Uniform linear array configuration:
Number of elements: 64
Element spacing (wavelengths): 0.75
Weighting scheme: kaiser
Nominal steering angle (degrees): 30
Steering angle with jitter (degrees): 30.433
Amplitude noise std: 0.05
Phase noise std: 0.05

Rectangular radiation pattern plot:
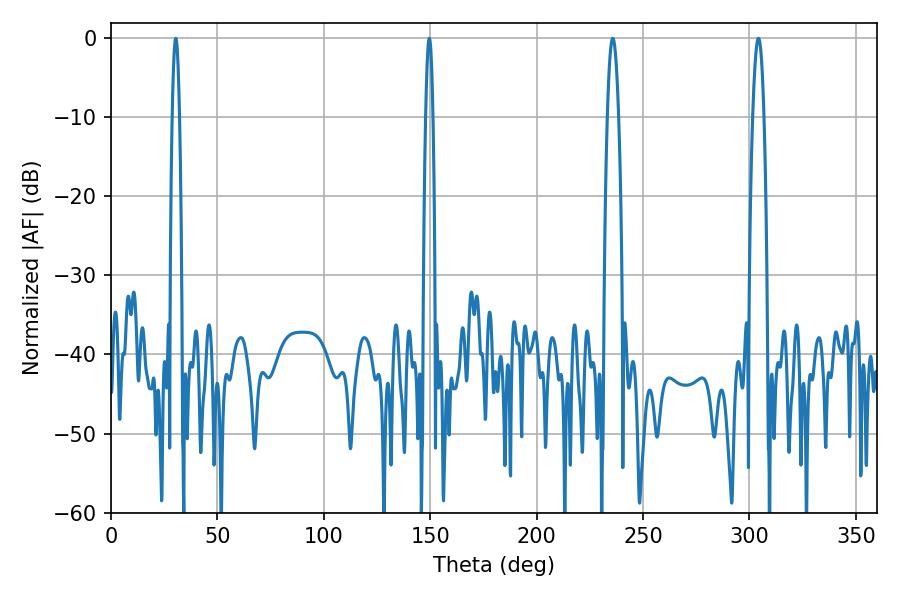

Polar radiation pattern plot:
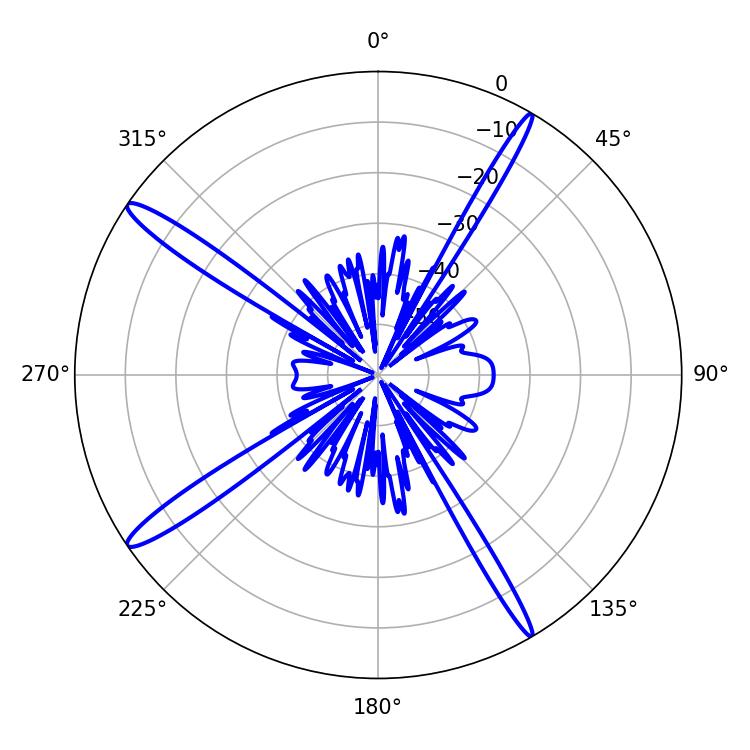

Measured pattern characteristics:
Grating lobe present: TRUE
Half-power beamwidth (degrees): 1.8
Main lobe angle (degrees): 30.42